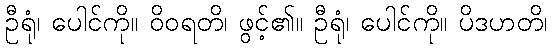
ဦရုံ၊ ပေါင်ကို။ ဝိဝရတိ၊ ဖွင့်၏။ ဦရုံ၊ ပေါင်ကို။ ပိဒဟတိ၊